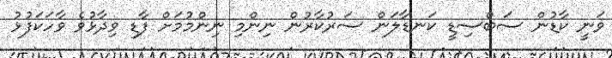
ވަނީ ކާޑުން ސަބްސިޑީ ކަނޑާލަން ސަރުކާރުން ނިންމި ނިންމުމަށް ފާޑި ވިދާޅުވެ ވާހަކަފުޅު